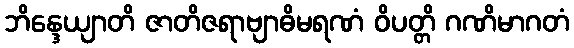
ဘိန္ဒေယျာတိ ဇာတိဇရာဗျာဓိမရဏံ ဝိပတ္တိ ဂဏိမာဂတံ